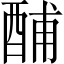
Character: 酺